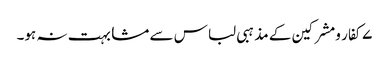
۷کفار ومشرکین کے مذہبی لباس سے مشابہت نہ ہو۔